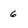
Character: 6